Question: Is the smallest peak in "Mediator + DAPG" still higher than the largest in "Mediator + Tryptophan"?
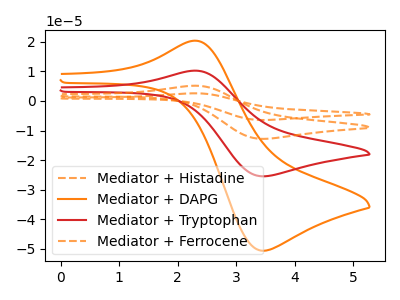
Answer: <think>The orange dashed curve "Mediator + Histadine" has an anodic peak at (2.30V, 30.75uA) and a cathodic peak at (3.45V, -76.40uA). The orange curve "Mediator + DAPG" has an anodic peak at (2.30V, 20.35uA) and a cathodic peak at (3.45V, -50.65uA). The red curve "Mediator + Tryptophan" has an anodic peak at (2.30V, 10.25uA) and a cathodic peak at (3.45V, -25.45uA). The orange dashed curve "Mediator + Ferrocene" has an anodic peak at (2.30V, 20.50uA) and a cathodic peak at (3.45V, -50.95uA).</think>
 <answer>Every peak in "Mediator + DAPG" is higher than every peak in "Mediator + Tryptophan".</answer>
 <eval>higher</eval>